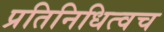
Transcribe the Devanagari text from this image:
प्रतिनिधित्वच